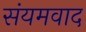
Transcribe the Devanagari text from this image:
संयमवाद